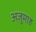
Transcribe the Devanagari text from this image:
अज़ुमाह